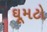
ઘૂમટો